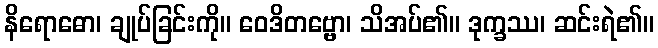
နိရောဓော၊ ချုပ်ခြင်းကို။ ဝေဒိတဗ္ဗော၊ သိအပ်၏။ ဒုက္ခဿ၊ ဆင်းရဲ၏။